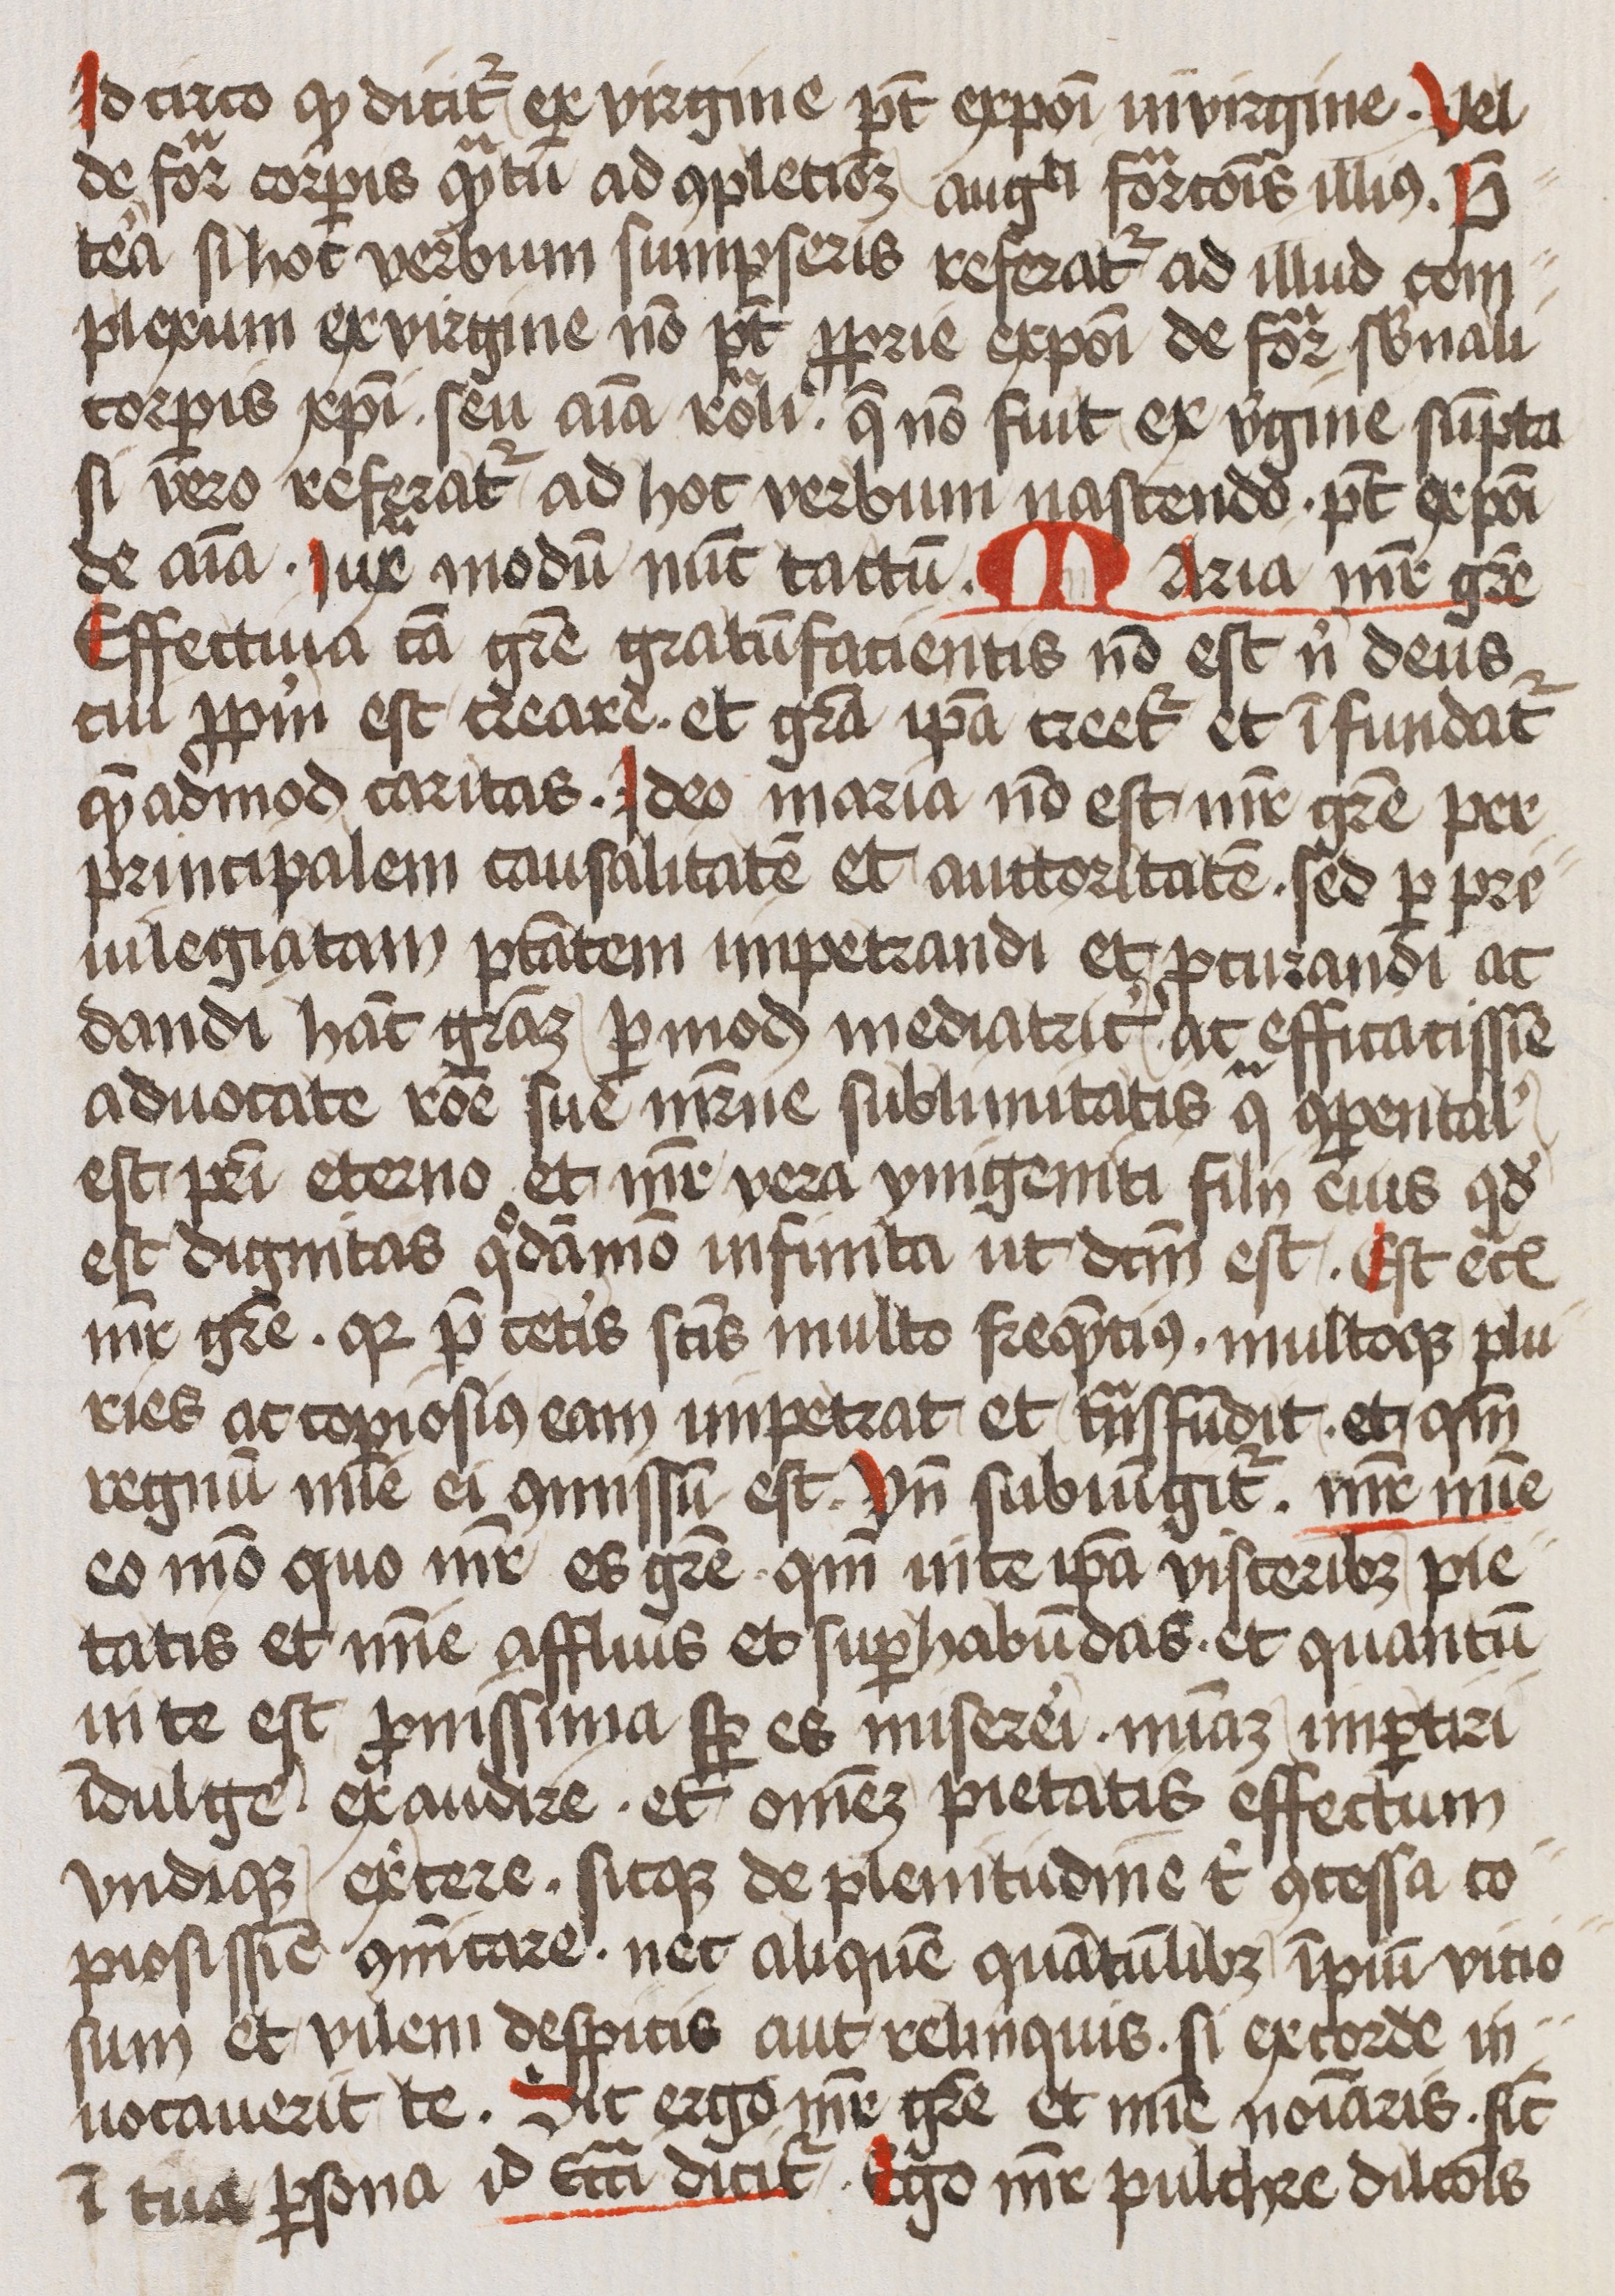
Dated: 1400–1499